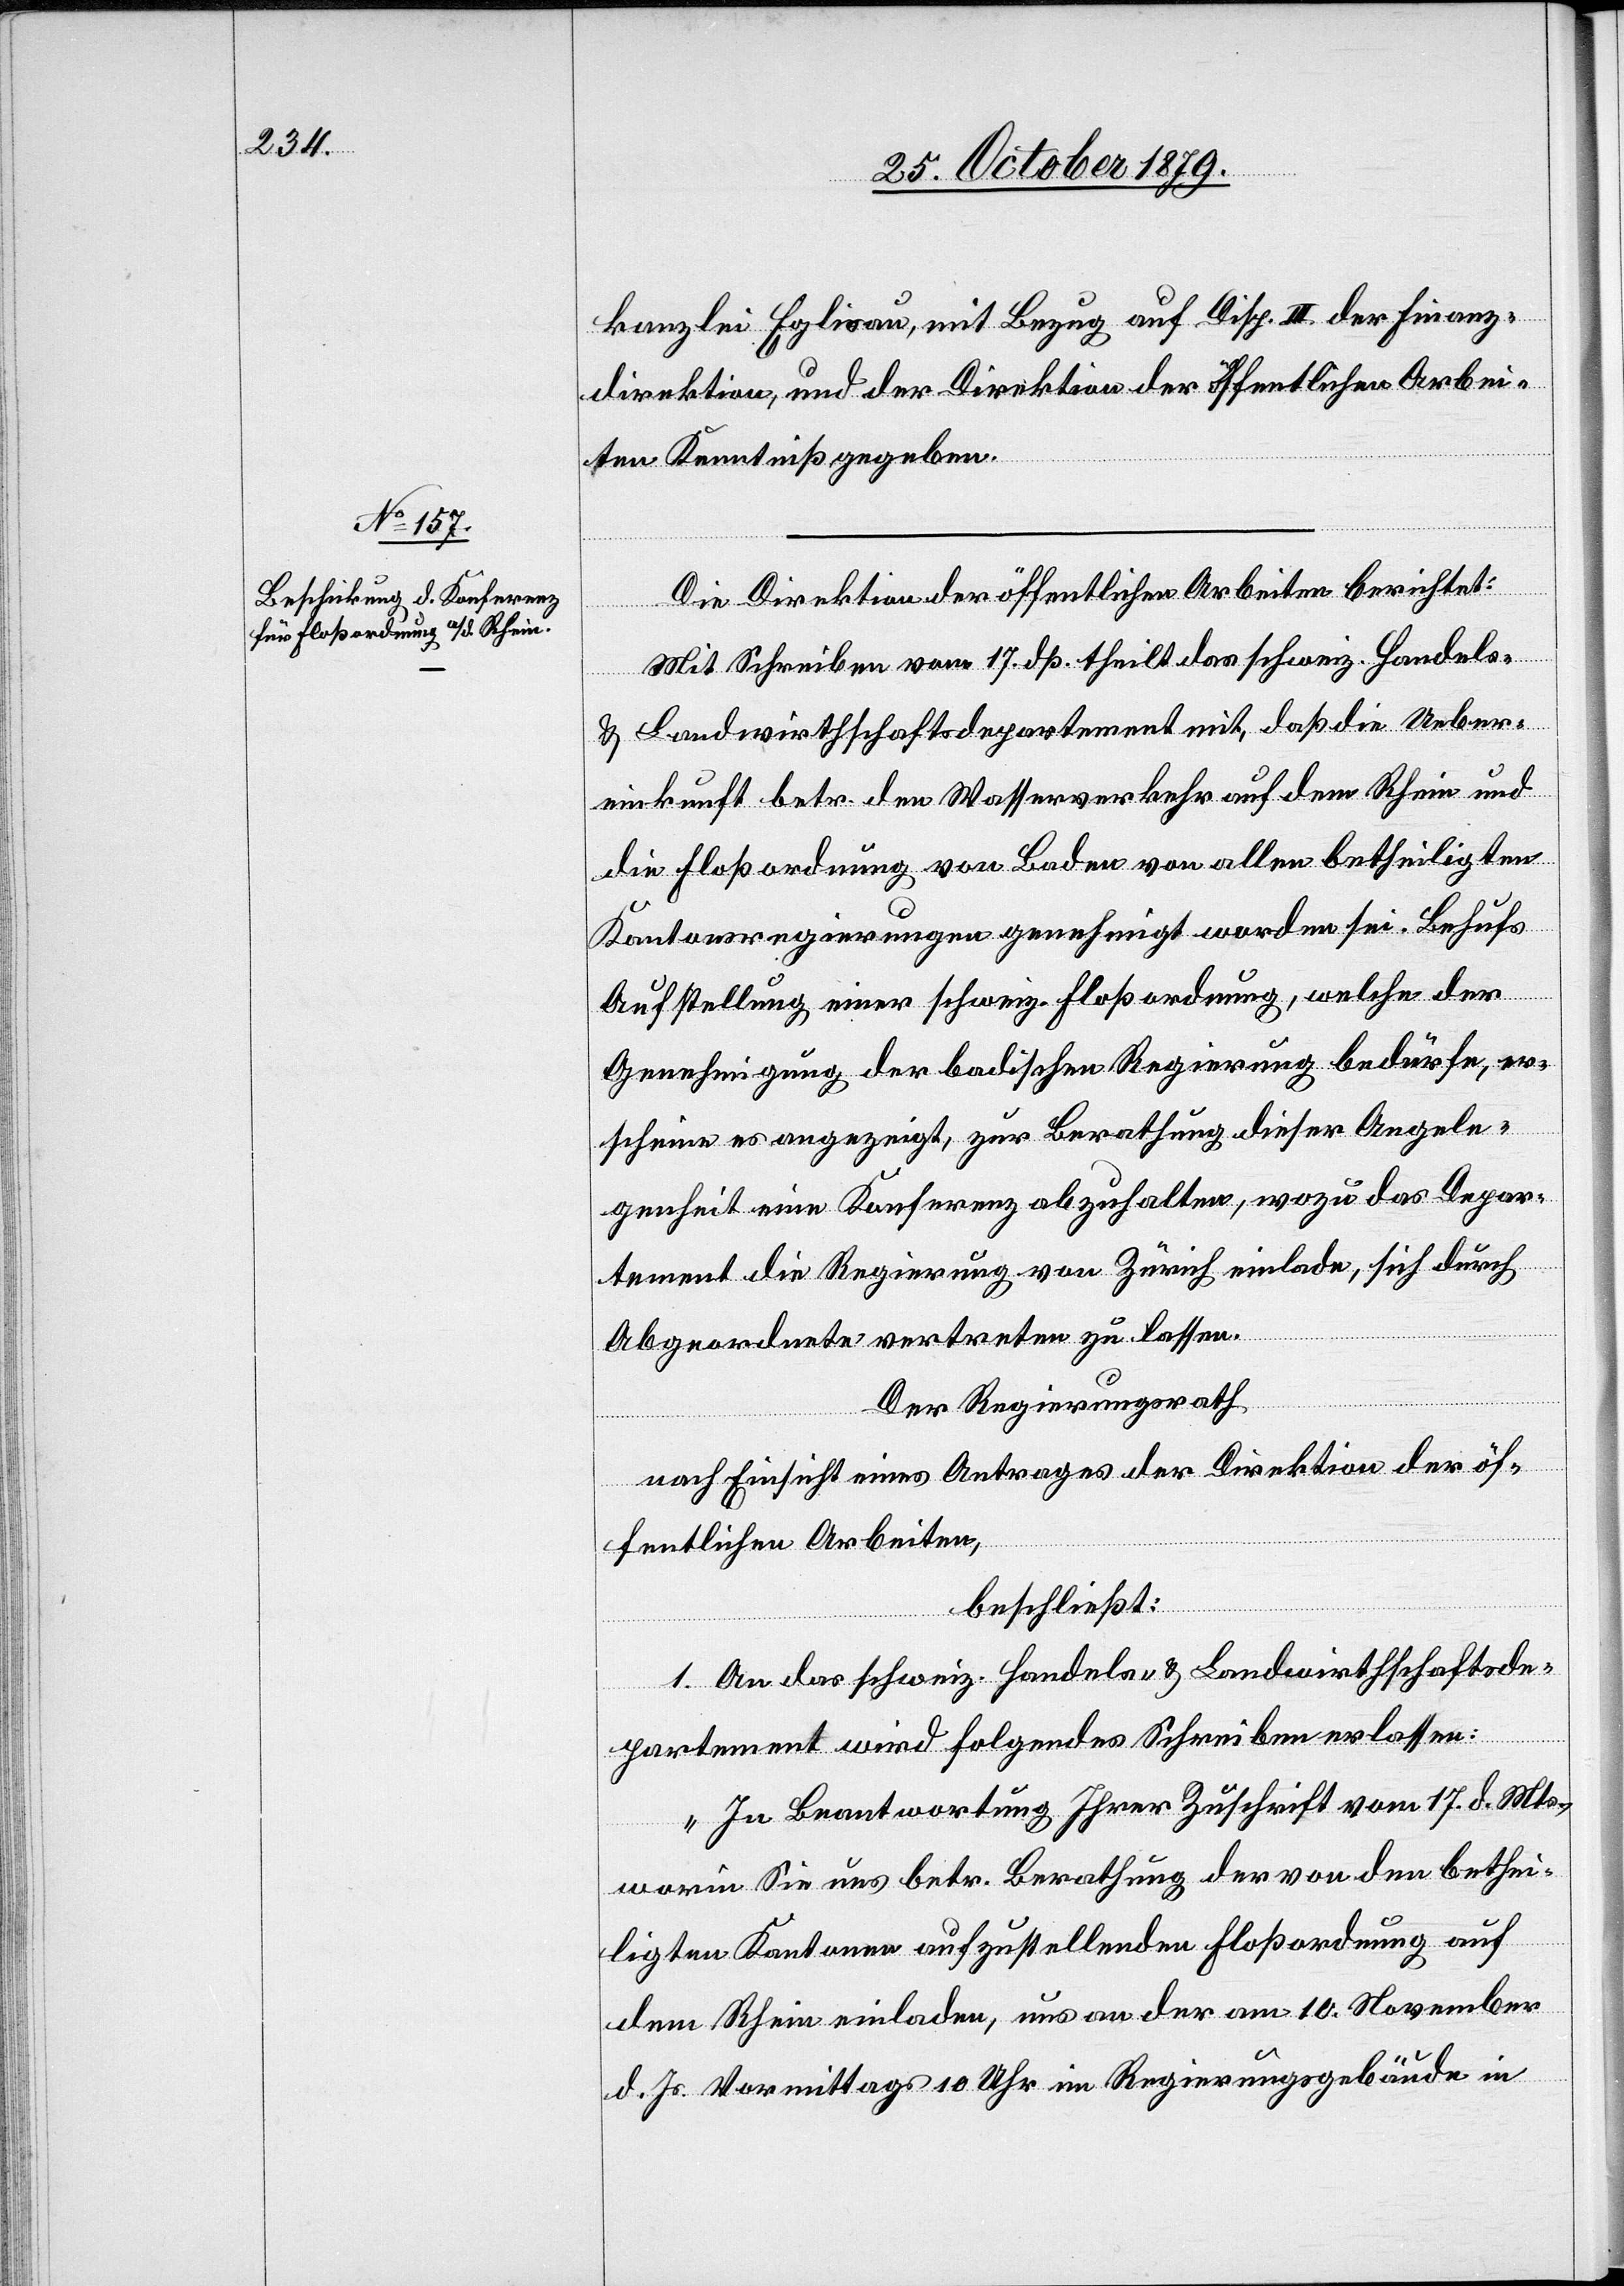
kanzlei Eglisau, mit Bezug auf Disp. III der Finanz¬
direktion, und der Direktion der öffentlichen Arbei¬
ten Kenntniß gegeben.
Die Direktion der öffentlichen Arbeiten berichtet:
Mit Eingabe vom 17. dß. theilt das schweiz. Handels-
& Landwirthschaftsdepartement mit, daß die Ueber¬
einkunft betr. den Wasserrechtsverkehr auf dem Rhein und
die Floßordnung von Baden von allen betheiligten
Kantonsregierungen genehmigt worden sei. Behufs
Aufstellung einer schweiz. Floßordnung, welche der
Genehmigung der badischen Regierung bedürfe, er¬
scheine es angezeigt, zur Berathung dieser Angele¬
genheit eine Konferenz abzuhalten, wozu das Depar¬
tement die Regierung von Zürich einlade, sich durch
Abgeordnete vertreten zu lassen.
Der Regierungsrath,
nach Einsicht eines Antrages der Direktion der öf¬
fentlichen Arbeiten,
beschließt:
1. An das schweiz. Handels- & Landwirthschaftsde¬
partement wird folgendes Schreiben erlassen:
„In Beantwortung Ihrer Zuschrift vom 17. d. Mts.,
worin Sie uns betr. Berathung der von den bethei¬
ligten Kantonen aufzustellenden Floßordnung auf
dem Rhein einladen, uns an der am 10. November
d. Js. Vormittags 10 Uhr im Regierungsgebäude in